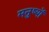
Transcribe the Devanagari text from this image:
मनु्ष्यों